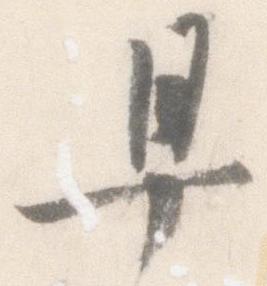
早